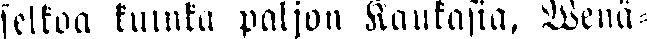
selkoa kuinka paljon Kaukasia, Wenä-